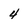
Character: 4